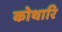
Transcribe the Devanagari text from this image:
कोथारि